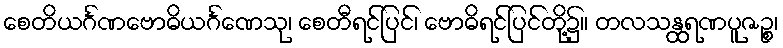
စေတိယင်္ဂဏဗောဓိယင်္ဂဏေသု၊ စေတီရင်ပြင်၊ ဗောဓိရင်ပြင်တို့၌။ တလသန္ထရဏပူဇဉ္စ၊